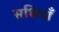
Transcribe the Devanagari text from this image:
सधियाँ